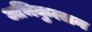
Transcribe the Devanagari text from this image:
अभिकुत्सन